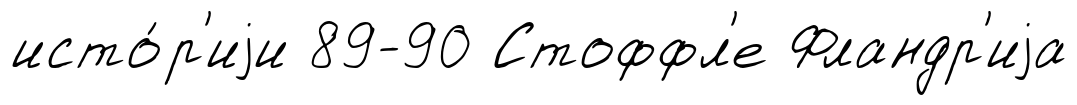
исто́р'иjи 89-90 Стоффл'е Фландр'иjа